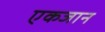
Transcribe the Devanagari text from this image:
एकजान